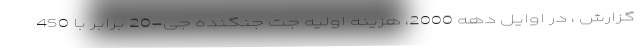
گزارش ، در اوایل دهه 2000، هزینه اولیه جت جنگنده جی-20 برابر با 450